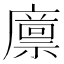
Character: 𢋕